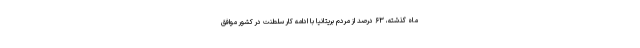
ماه گذشته، ۶۳ درصد از مردم بریتانیا با ادامه کار سلطنت در کشور موافق